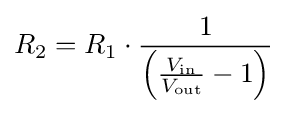
R_{2}=R_{1}\cdot {\frac {1}{\left({{\frac {V_{\mathrm {in} }}{V_{\mathrm {out} }}}-1}\right)}}